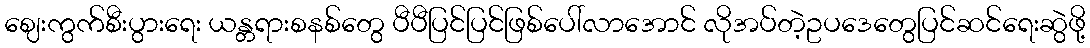
ဈေးကွက်စီးပွားရေး ယန္တရားစနစ်တွေ ပီပီပြင်ပြင်ဖြစ်ပေါ်လာအောင် လိုအပ်တဲ့ဥပဒေတွေပြင်ဆင်ရေးဆွဲဖို့